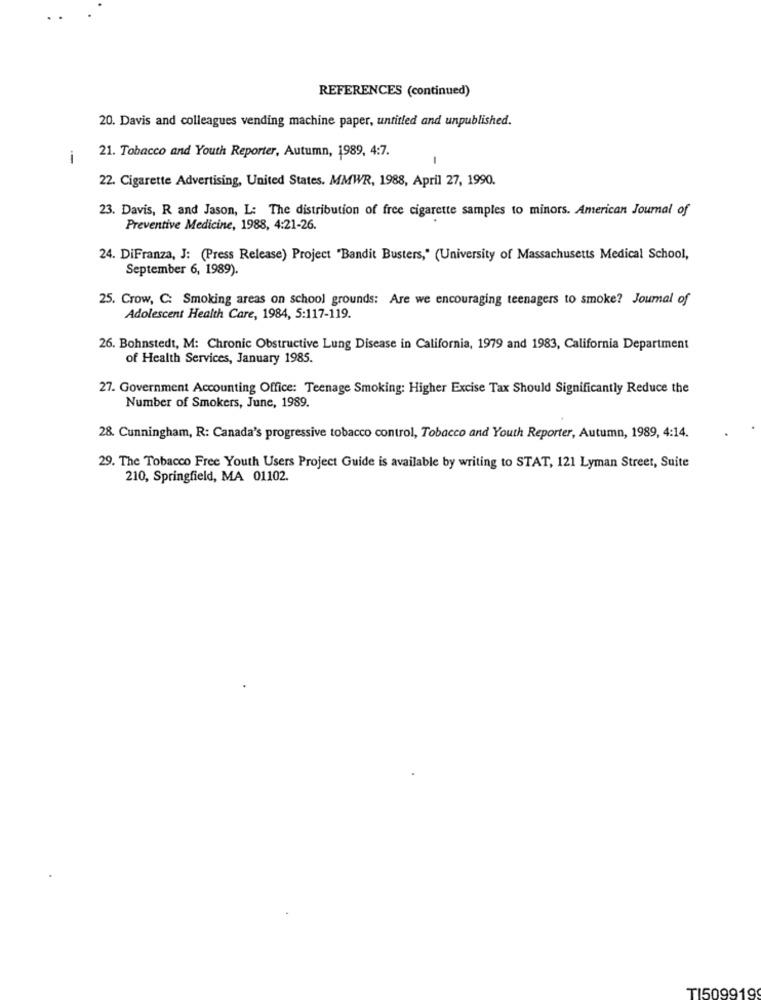
REFERENCES (continued)
20. Davis and colleagues vending machine paper, untitled and unpublished.
21. Tobacco and Youth Reporter, Autumn, 1989, 4:7.
-
22. Cigarette Advertising, United States. MMWR, 1988, April 27, 1990.
23. Davis, R and Jason, L: The distribution of free cigarette samples to minors. American Journal of
Preventive Medicine, 1988, 4:21-26.
24. DiFranza, J: (Press Release) Project "Bandit Busters," (University of Massachusetts Medical School,
September 6, 1989).
25. Crow, C: Smoking areas on school grounds: Are we encouraging teenagers to smoke? Journal of
Adolescent Health Care, 1984, 5:117-119.
26. Bohnstedt, M: Chronic Obstructive Lung Disease in California, 1979 and 1983, California Department
of Health Services, January 1985.
27. Government Accounting Office: Teenage Smoking: Higher Excise Tax Should Significantly Reduce the
Number of Smokers, June, 1989.
28. Cunningham, R: Canada's progressive tobacco control, Tobacco and Youth Reporter, Autumn, 1989, 4:14.
29. The Tobacco Free Youth Users Project Guide is available by writing to STAT, 121 Lyman Street, Suite
210, Springfield, MA 01102.
TI5099199